Report on vaccination in the Province of Bengal - 1869-1873
Year: 1869
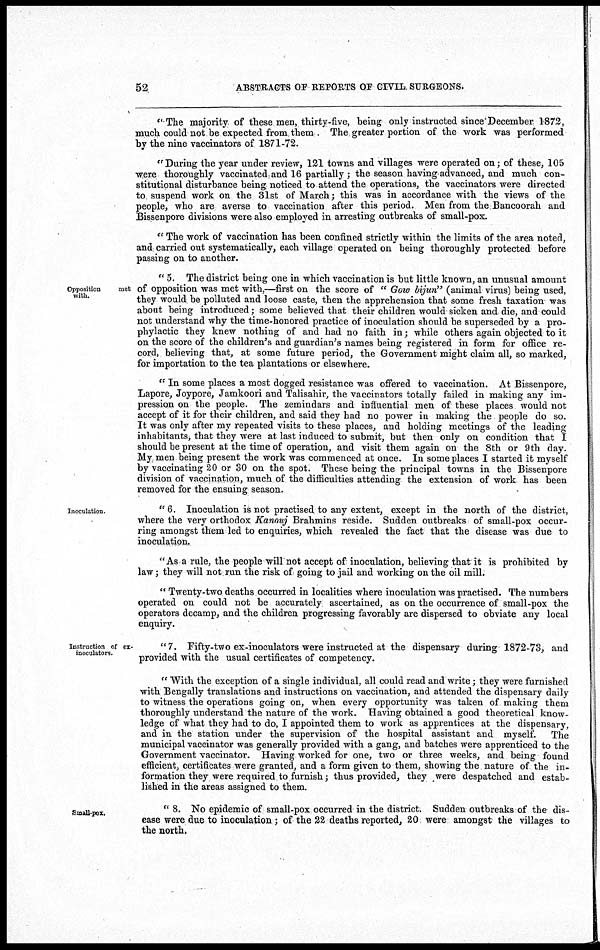
52
ABSTRACTS OF REPORTS OF CIVIL. SURGEONS.
" The majority of these men, thirty-five, being only instructed since December 1872,
much could not be expected from them . The greater portion of the work was performed
by the nine vaccinators of 1871-72.
"During the year under review, 121 towns and villages were operated on; of these, 105
were thoroughly vaccinated,and 16 partially; the season having advanced, and much con-
stitutional disturbance being, noticed to attend the operations, the vaccinators were directed
to, suspend work on the 31st of March; this was in accordance with the views of the
people, who are averse to vaccination after this period. Men from the Bancoorah and
Bissenpore divisions were also employed in arresting outbreaks of small-pox.
" The work of vaccination has been confined strictly within the limits of the area noted,
and carried out systematically, each village operated on being thoroughly protected before
passing on to another.
Opposition
met
with.
" 5. The district being one in which vaccination is but little known, an unusual amount
of opposition was met with,—first on the score of " Gow bijun" (animal virus) being used,
they would be polluted and loose caste, then the apprehension that some fresh taxation- was
about being introduced; some believed that their children would sicken and die, and could
not understand why the time-honored practice of inoculation should be superseded by a pro-
phylactic they knew nothing of and had no faith in; while others again objected to it
on the score of the children's and guardian's names being registered in form for office re-
cord, believing that, at some future period, the Government might claim all, so marked,
for importation to the tea plantations or elsewhere.
" In some places a most dogged resistance was offered to vaccination. At Bissenpore,
Lapore, Joypore, Jamkoori and Talisahir, the vaccinators totally failed in making any im-
pression on the people. The zemindars and influential men of these places would not
accept of it for their children, and said they had no power in making the people do so.
It was only after my repeated visits to these places, and holding meetings of the leading
inhabitants, that they were at last induced to submit, but then only on condition that I
should be present at the time of operation, and visit them again on the 8th or 9 th day.
My men being present the work was commenced at once. In some places I started it myself
by vaccinating 20 or 30 on the spot. These being the principal towns in the Bissenpore
division of vaccination, much of the difficulties attending the extension of work has been
removed for the ensuing season.
Inoculation.
" 6. Inoculation is not practised to any extent, except in the north of the district,
where the very orthodox Kanouj Brahmins reside. Sudden outbreaks of small-pox occur-
ring amongst them led to enquiries, which revealed the fact that the disease was due to
inoculation.
"As a rule, the people will not accept of inoculation, believing that it is prohibited by
law; they will not run the risk of going to jail and working on the oil mill.
" Twenty-two deaths occurred in localities where inoculation was practised. The numbers
operated on could not be accurately ascertained, as on the occurrence of small-pox the
operators decamp, and the children progressing favorably are dispersed to obviate any local
enquiry.
Instruction of ex-
inoculators.
"7. Fifty-two ex-inoculators were instructed at the dispensary during 1872-73, and
provided with the usual certificates of competency.
" With the exception of a single individual, all could read and write; they were furnished
with Bengally translations and instructions on vaccination, and attended the dispensary daily
to witness the operations going on, when every opportunity was taken of making them
thoroughly understand the nature of the work. Having obtained a good theoretical know-
ledge of what they had to do, I appointed them to work as apprentices at the dispensary,
and in the station under the supervision of the hospital assistant and myself.
The
municipal vaccinator was generally provided with a gang, and batches were apprenticed to the
Government vaccinator. Having worked for one, two or three weeks, and being found
efficient, certificates were granted, and a form given to them, showing the nature of the in-
formation they were required to furnish; thus provided, they were despatched and estab-
lished in the areas assigned to them.
Small-pox.
" 8. No epidemic of small-pox occurred in the district; Sudden outbreaks of the dis-
ease were due to inoculation; of the 22 deaths reported, 20 were amongst the villages to
the north.